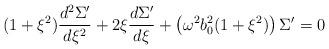
LaTeX: \begin{align*}(1+ \xi^{2} ) \frac{d^{2}{\Sigma^{\prime}}}{d\xi^{2}} + 2\xi\frac{d\Sigma^{\prime}}{d\xi} + \left (\omega^{2}b_{0}^{2}(1+\xi^{2}) \right ) \Sigma^{\prime} = 0\end{align*}